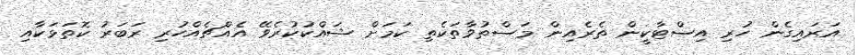
އަރައިގެން ހުރި އިސްޓާކީން ތެރެއިން މަސްތުވާތަކެތި ކަމަށް ޝައްކުކުރެވޭ އެއްޗެއްހުރި ރަބަރު ކޮތަޅަކާއި